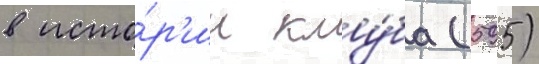
в исто́р'ии клу́ба (595)